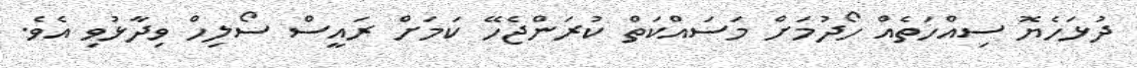
ދުޅަހެޔޮ ސިއްހަތެއް ހޯދުމަށް މަސައްކަތް ކުރަންޖެހޭ ކަމަށް ރައީސް ސޯލިހް ވިދާޅުވި އެވެ.